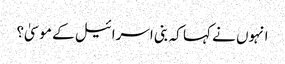
انہوں نے کہا کہ بنی اسرائیل کے موسیٰ؟